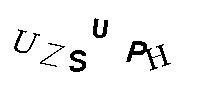
UZSUPH